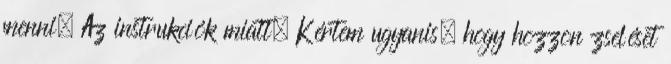
menni. Az instrukciók miatt. Kértem ugyanis, hogy hozzon zseléset